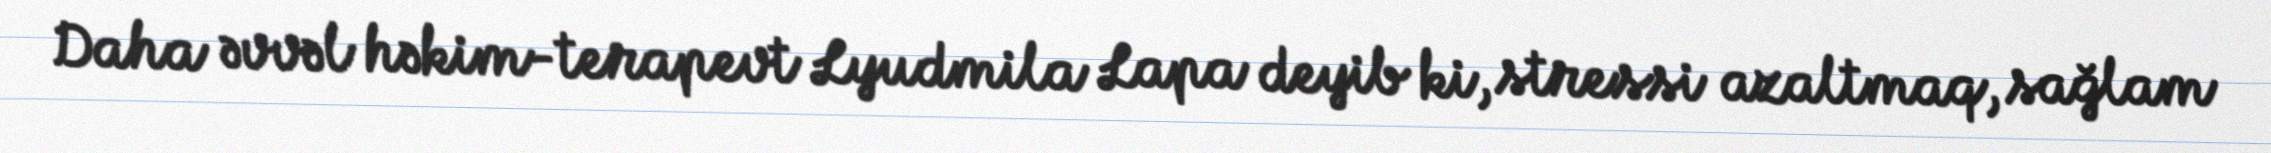
Daha əvvəl həkim-terapevt Lyudmila Lapa deyib ki, stressi azaltmaq, sağlam